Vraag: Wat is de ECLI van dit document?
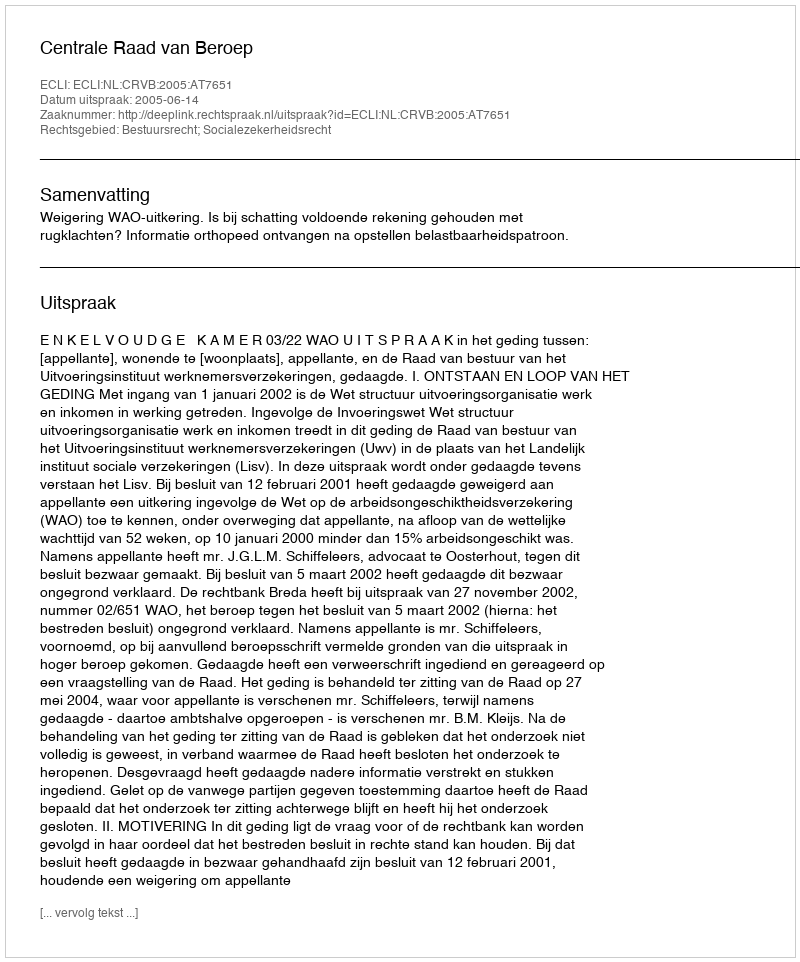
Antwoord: ECLI:NL:CRVB:2005:AT7651